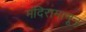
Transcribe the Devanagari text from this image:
मंदिरामागून